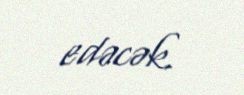
edəcək.